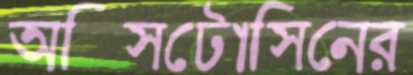
অক্সিটোসিনের